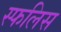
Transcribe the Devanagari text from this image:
स्फलिस